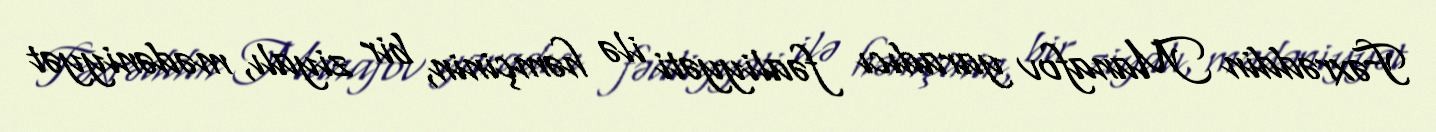
Fəxrəddin Manafov yaradıcı fəaliyyəti ilə həmçinin, bir ziyalı, mədəniyyət